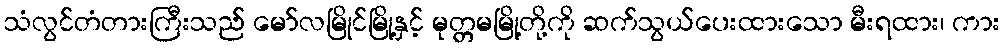
သံလွင်တံတားကြီးသည် မော်လမြိုင်မြို့နှင့် မုတ္တမမြို့တို့ကို ဆက်သွယ်ပေးထားသော မီးရထား၊ ကား